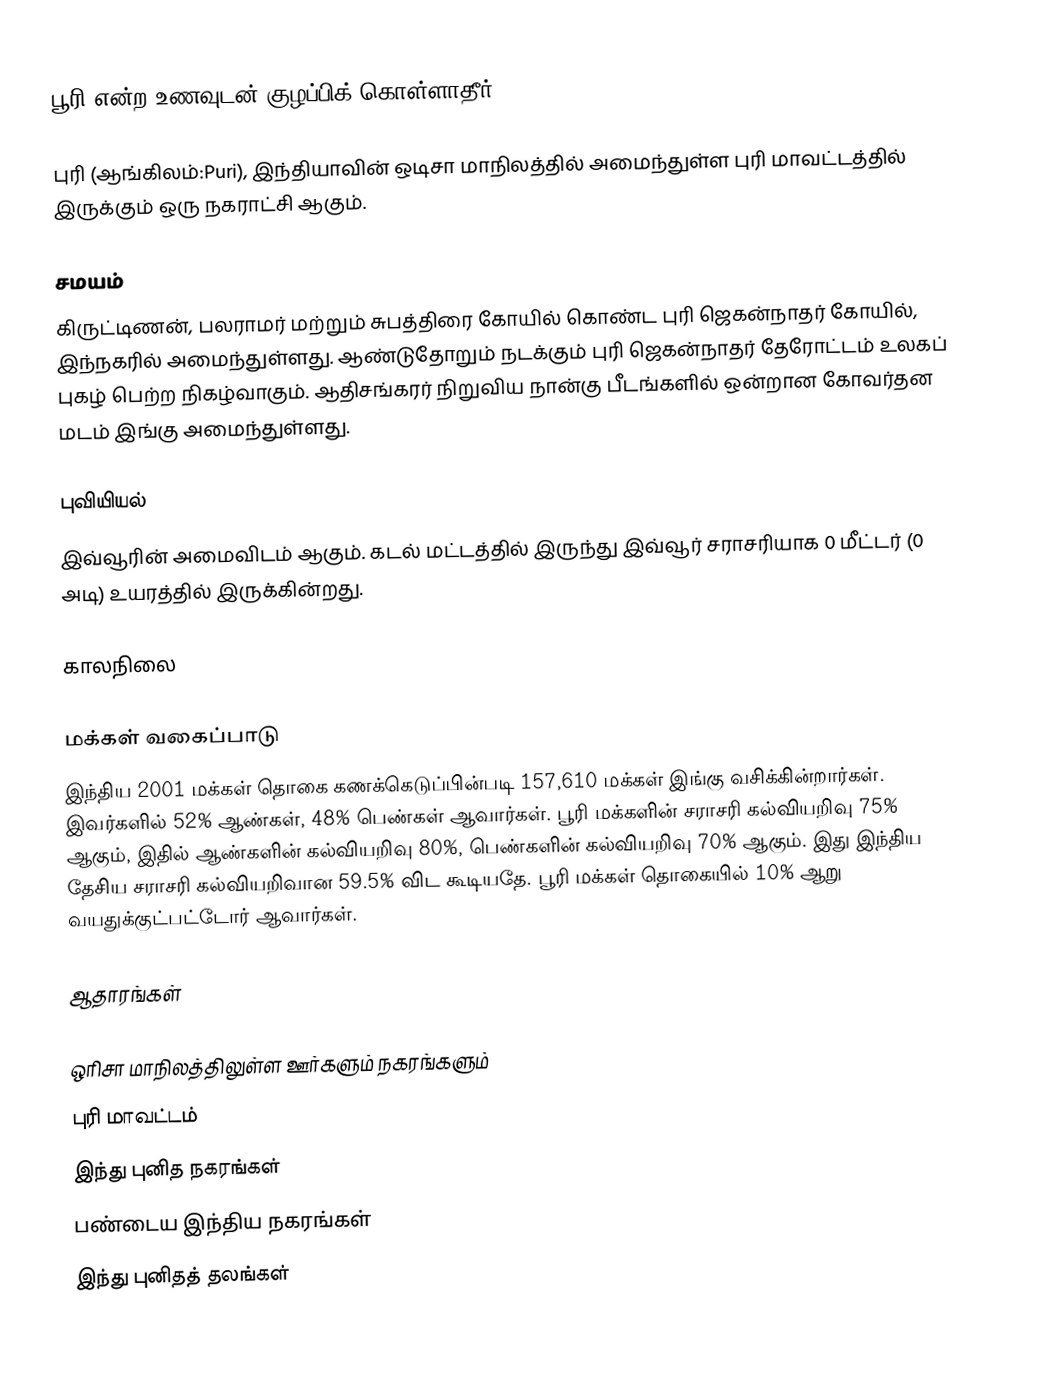
பூரி என்ற உணவுடன் குழப்பிக் கொள்ளாதீர்.

புரி (ஆங்கிலம்:Puri), இந்தியாவின் ஒடிசா மாநிலத்தில் அமைந்துள்ள புரி மாவட்டத்தில் இருக்கும் ஒரு நகராட்சி ஆகும்.

சமயம்
கிருட்டிணன், பலராமர் மற்றும் சுபத்திரை கோயில் கொண்ட புரி ஜெகன்நாதர் கோயில், இந்நகரில் அமைந்துள்ளது. ஆண்டுதோறும் நடக்கும் புரி ஜெகன்நாதர் தேரோட்டம் உலகப் புகழ் பெற்ற நிகழ்வாகும். ஆதிசங்கரர் நிறுவிய நான்கு பீடங்களில் ஒன்றான கோவர்தன மடம் இங்கு அமைந்துள்ளது.

புவியியல்
இவ்வூரின் அமைவிடம்  ஆகும். கடல் மட்டத்தில் இருந்து இவ்வூர் சராசரியாக 0 மீட்டர் (0 அடி) உயரத்தில் இருக்கின்றது.

காலநிலை

மக்கள் வகைப்பாடு
இந்திய 2001 மக்கள் தொகை கணக்கெடுப்பின்படி 157,610 மக்கள் இங்கு வசிக்கின்றார்கள். இவர்களில் 52% ஆண்கள், 48% பெண்கள் ஆவார்கள். பூரி மக்களின் சராசரி கல்வியறிவு 75% ஆகும், இதில் ஆண்களின் கல்வியறிவு 80%, பெண்களின் கல்வியறிவு 70% ஆகும். இது இந்திய தேசிய சராசரி கல்வியறிவான 59.5% விட கூடியதே. பூரி மக்கள் தொகையில் 10% ஆறு வயதுக்குட்பட்டோர் ஆவார்கள்.

ஆதாரங்கள்

 ஒரிசா மாநிலத்திலுள்ள ஊர்களும் நகரங்களும்
புரி மாவட்டம்
இந்து புனித நகரங்கள்
பண்டைய இந்திய நகரங்கள்
இந்து புனிதத் தலங்கள்